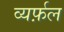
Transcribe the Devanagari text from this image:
व्यर्फ़ल